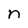
Character: n